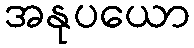
အနုပယော